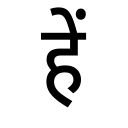
OCR:
हें